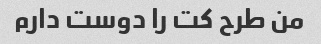
من طرح کت را دوست دارم